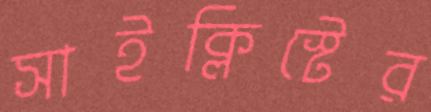
সাইক্লিস্টের